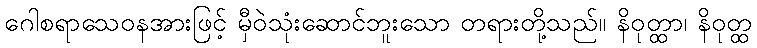
ဂေါစရာသေဝနအားဖြင့် မှီဝဲသုံးဆောင်ဘူးသော တရားတို့သည်။ နိဝုတ္ထာ၊ နိဝုတ္ထ